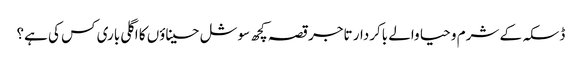
ڈسکہ کے شرم و حیا والے باکردار تاجر	قصہ کچھ سوشل حسیناؤں کا	اگلی باری کس کی ہے؟